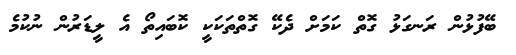
ބޭފުޅުން ރަނގަޅު ގޮތް ކަމަށް ދެކޭ ގޮތްތަކަކީ ކޮބައިތޯ އެ ލީޑަރުން ނުކުމެ